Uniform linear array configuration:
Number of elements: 8
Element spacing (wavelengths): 1
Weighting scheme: uniform
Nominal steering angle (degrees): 45
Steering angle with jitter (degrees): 45.869
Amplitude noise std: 0.05
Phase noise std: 0.05

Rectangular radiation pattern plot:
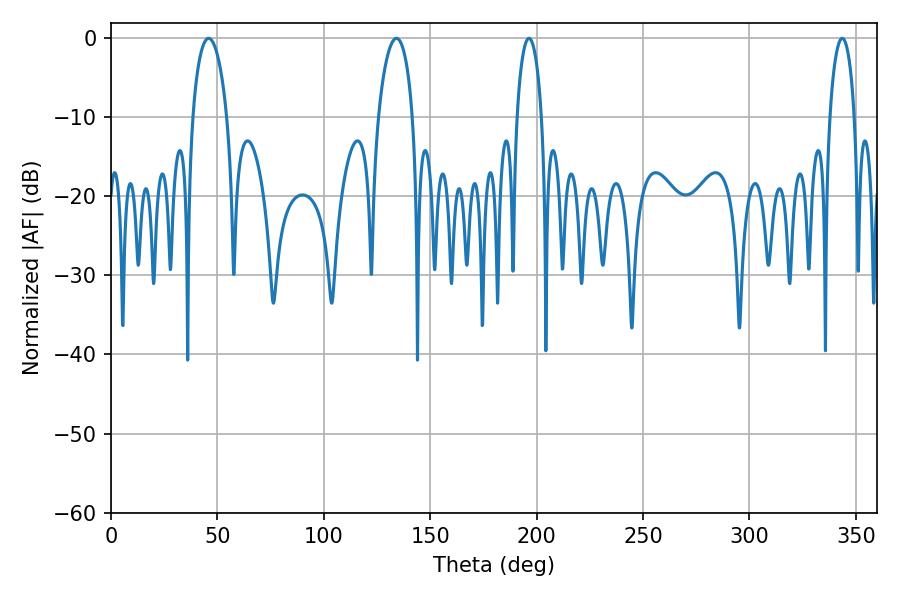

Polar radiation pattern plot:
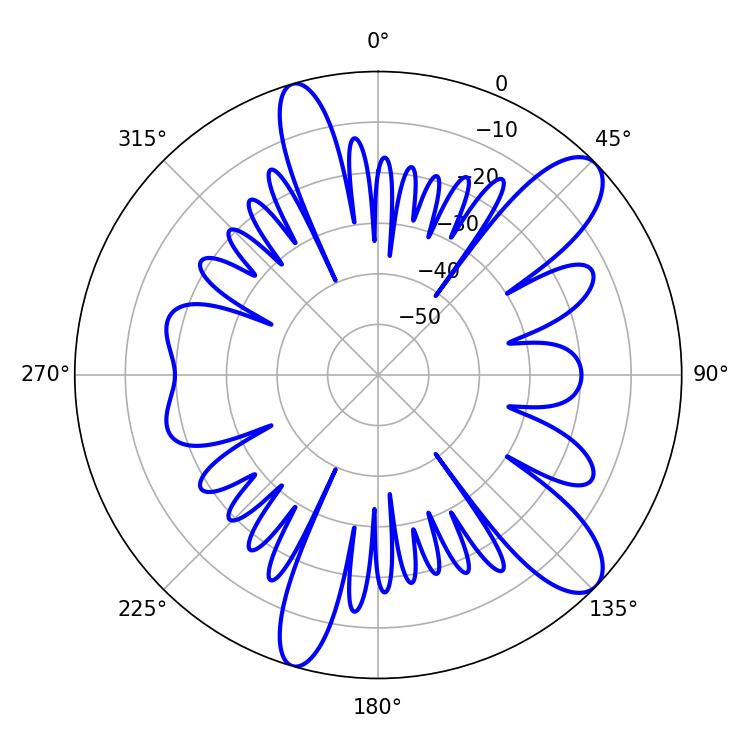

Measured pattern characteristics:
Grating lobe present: TRUE
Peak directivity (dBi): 10.597
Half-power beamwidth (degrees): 6.66
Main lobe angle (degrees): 196.38